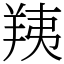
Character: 羠